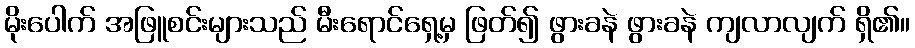
မိုးပေါက် အဖြူစင်းများသည် မီးရောင်ရှေ့မှ ဖြတ်၍ ဖွားခနဲ ဖွားခနဲ ကျလာလျက် ရှိ၏။